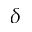
\delta